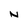
Character: N